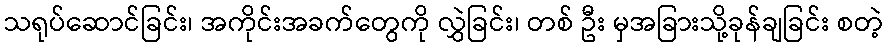
သရုပ်ဆောင်ခြင်း၊ အကိုင်းအခက်တွေကို လွှဲခြင်း၊ တစ် ဦး မှအခြားသို့ခုန်ချခြင်း စတဲ့